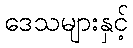
ဒေသများနှင့်